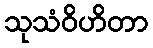
သုသံဝိဟိတာ